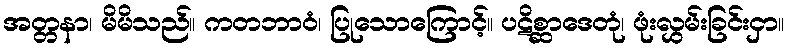
အတ္တနာ၊ မိမိသည်။ ကတဘာဝံ၊ ပြုသောကြောင့်။ ပဋိစ္ဆာဒေတုံ၊ ဖုံးလွှမ်းခြင်းငှာ။